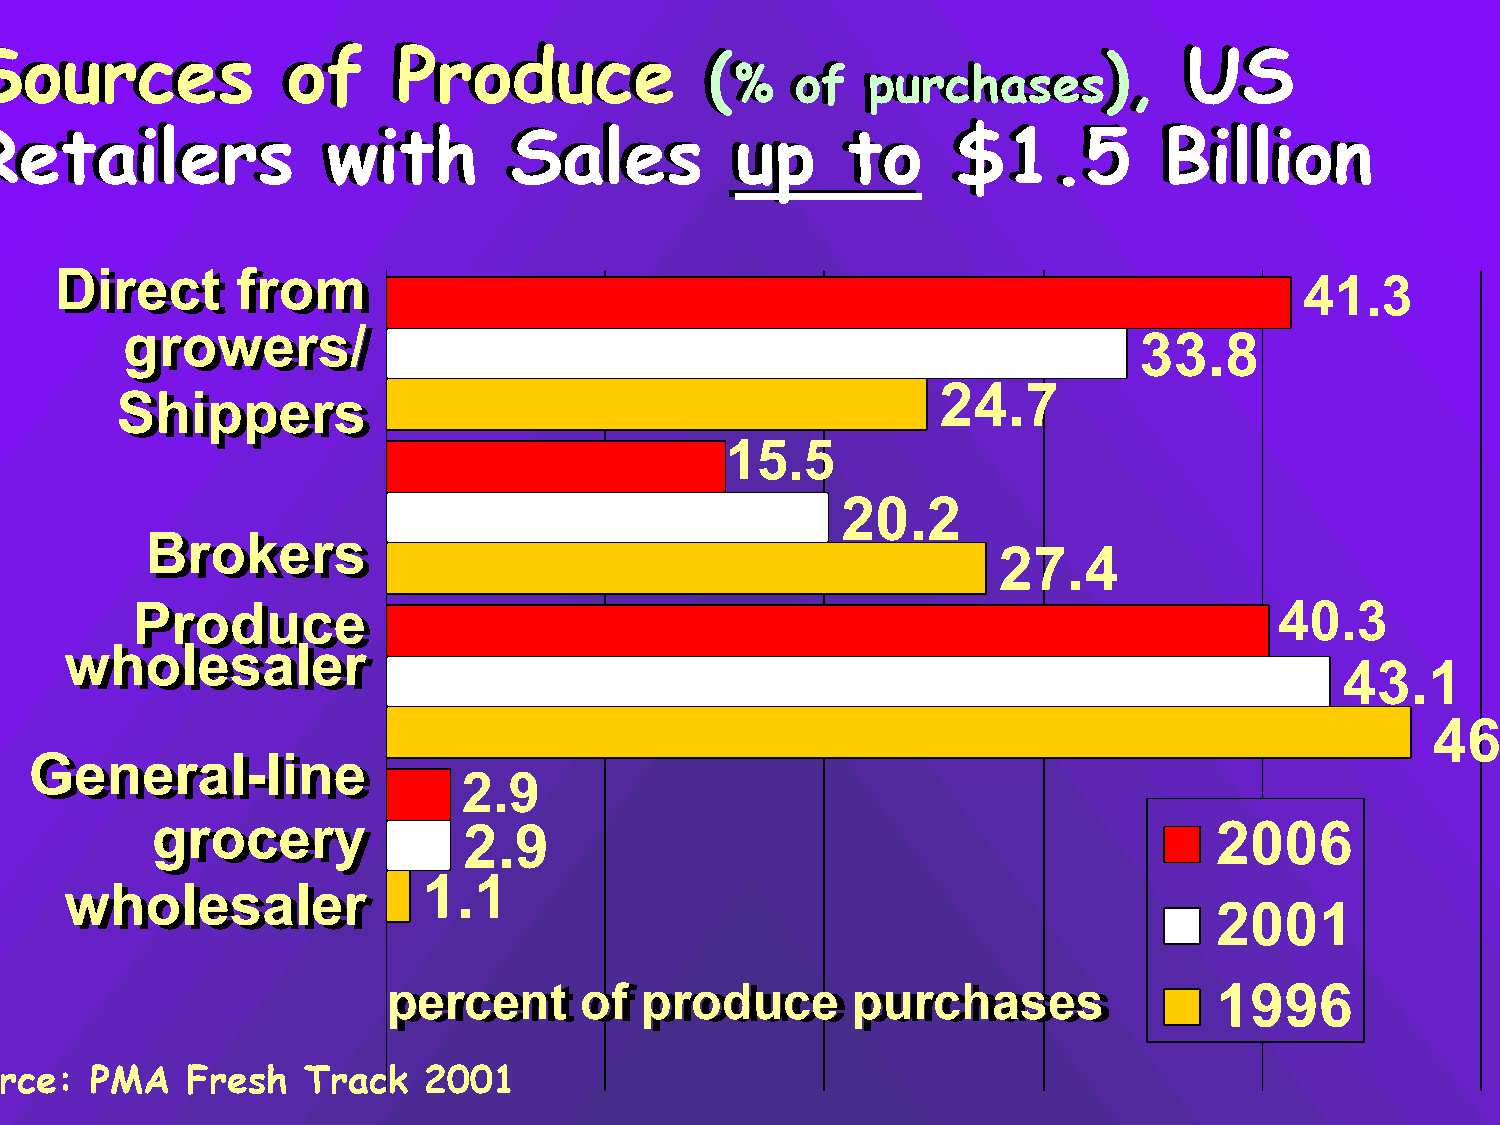
SSoouurrcceess       ooff   PPrroodduuccee      ((                         )),, UUSS
 %%  ooff ppuurrcchhaasseess
 RReettaaiilleerrss     wwiitthh    SSaalleess     uupp    ttoo   $$11..55      BBiilllliioonn
 DDiirreecctt ffrroomm
 41.3
 ggrroowweerrss//
 33.8
 24.7
 SShhiippppeerrss
 15.5
 20.2
 BBrrookkeerrss
 27.4
 PPrroodduuccee                                                              40.3
 wwhhoolleessaalleerr
 43.1
 46.8
 GGeenneerraall--lliinnee
 2.9
 ggrroocceerryy       2.9                                              2006
 1.1
 wwhhoolleessaalleerr
 2001
 ppeerrcceenntt ooff pprroodduuccee ppuurrcchhaasseess 1996
 Source:   PMA   Fresh   Track   2001